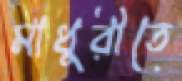
মাধুরীতে